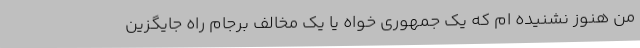
من هنوز نشنیده ام که یک جمهوری خواه یا یک مخالف برجام راه جایگزین